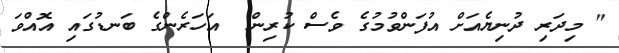
" މިދަރި ދުނިޔެއަށް އުފަންވުމުގެ ވެސް ކުރިން  އަހަރެންގެ ބަނޑުގައި އޮއްވަ